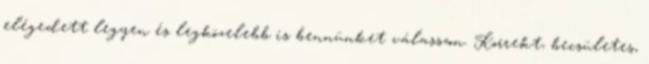
elégedett legyen és legközelebb is bennünket válasszon. Korrekt, becsületes,